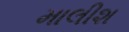
માલીશ